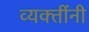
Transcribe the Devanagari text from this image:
व्‍यक्‍तींनी